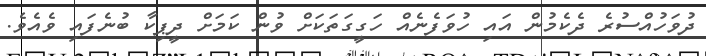
ދުވަހުއްސުރެ ދެކެމުން އައި ހުވަފެނެއް ހަގީގަތަކަށް ވުން ކަމަށް ދީޕިކާ ބުނެފައި ވެއެވެ.